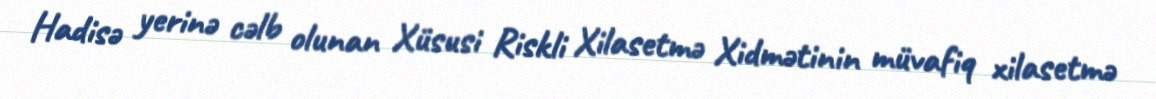
Hadisə yerinə cəlb olunan Xüsusi Riskli Xilasetmə Xidmətinin müvafiq xilasetmə